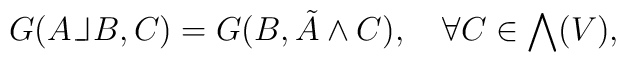
G(A {\mathbin{\rm\vphantom{X}\hskip 1.1pt\hskip -0.5pt\_\hskip -0.3em\_\vrule width 0.5pt\hskip 1.7pt}} B,C) = G(B,\tilde{A}\wedge C) , \, \, \, \, \, \, \forall C \in \bigwedge(V) ,